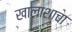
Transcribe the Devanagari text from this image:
खालाशाचा